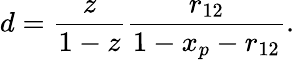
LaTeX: d=\frac{z}{1-z}\frac{r_{12}}{1-x_{p}-r_{12}}.